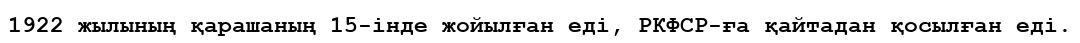
1922 жылының қарашаның 15-інде жойылған еді, РКФСР-ға қайтадан қосылған еді.